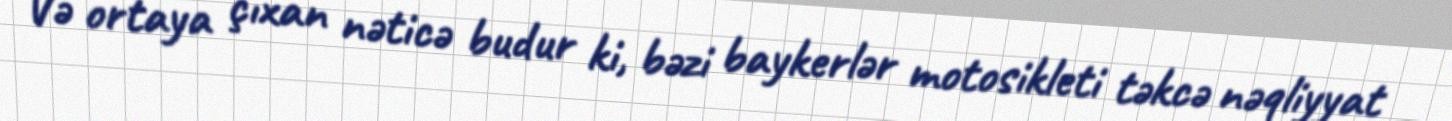
Və ortaya çıxan nəticə budur ki, bəzi baykerlər motosikleti təkcə nəqliyyat